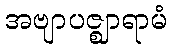
အဗျာပဇ္ဈာရာမံ